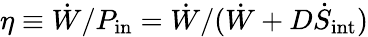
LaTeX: \eta\equiv\dot{W}/P_{\mathrm{in}}=\dot{W}/(\dot{W}+D\dot{S}_{\mathrm{int}})